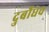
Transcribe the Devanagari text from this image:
दुर्बोधच